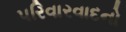
પરિવારવાદનો